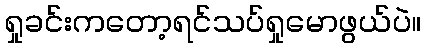
ရှုခင်းကတော့ရင်သပ်ရှုမောဖွယ်ပဲ။